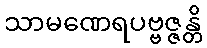
သာမဏေရပဗ္ဗဇ္ဇန္တိ